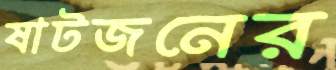
ষাটজনের